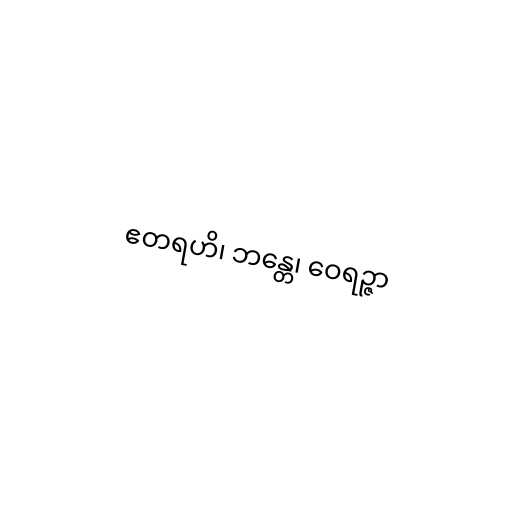
ဧတရဟိ၊ ဘန္တေ၊ ဝေရဉ္ဇာ